Document type: Grant of rights
Year: 1280
Scribe: Pere Marc
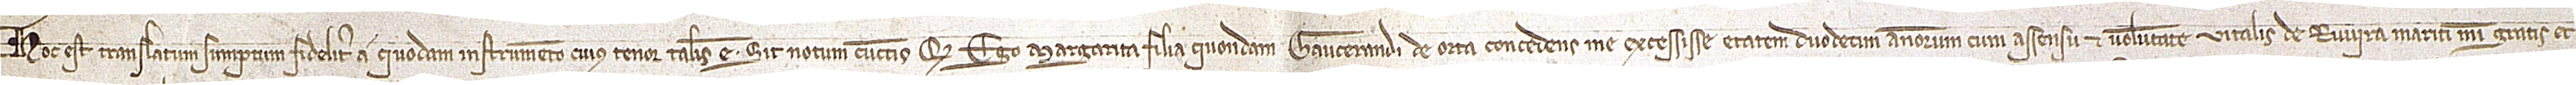
Hoc est translatum sumptum fideliter a quod instrumento cuius tenor talis est: Sit notum cunctis quod ego Margarita, filia quondam Gaucerandi de Orta, concedens me excessisse etatem duodecim annorum, cum assensu et voluntate Vitalis de Ruvira, mariti mei, gratis et